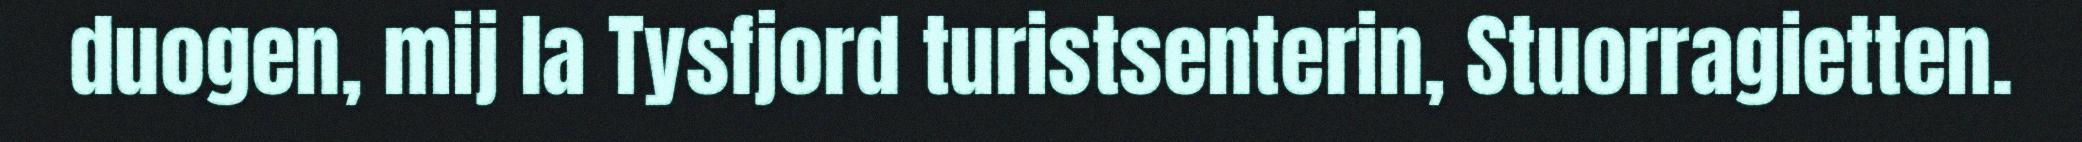
duogen, mij la Tysfjord turistsenterin, Stuorragietten.